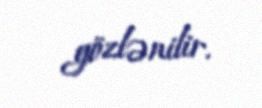
gözlənilir.